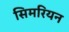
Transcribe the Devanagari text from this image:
सिमरियन